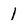
Character: 1